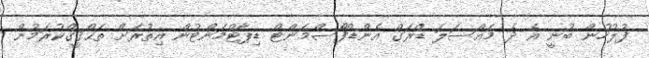
ފުލުހުން ބުނީ އެ ދެ މައްސަލަ ޑްރަގް އެންޑްފޯސްމަންޓް ޑިޕާޓްމަންޓުން އިތުރަށް ތަޙްޤީޤްކުރަމުން